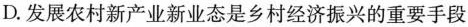
D. 发展农村新产业新业态是乡村经济振兴的重要手段